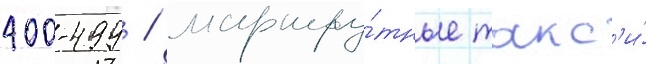
400-499 / маршру́тные такс'и́